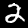
Label: 2